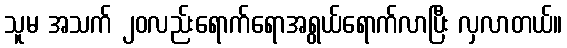
သူမ အသက် ၂၀လည်းရောက်ရောအရွယ်ရောက်လာပြီး လှလာတယ်။